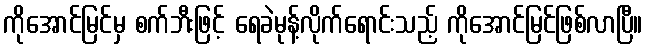
ကိုအောင်မြင်မှ စက်ဘီးဖြင့် ရေခဲမုန့်လိုက်ရောင်းသည့် ကိုအောင်မြင်ဖြစ်လာပြီ။